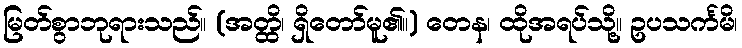
မြတ်စွာဘုရားသည်။ (အတ္ထိ၊ ရှိတော်မူ၏။) တေန၊ ထိုအရပ်သို့။ ဥပသင်္ကမိ၊